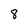
Character: 8